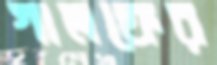
গালফের